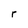
Character: r